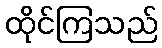
ထိုင်ကြသည်